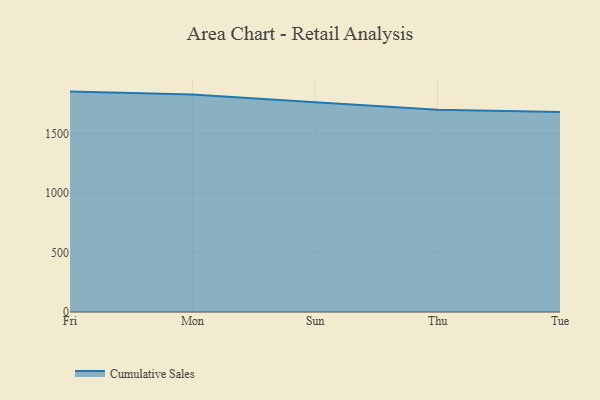
{"axis": {"x": "Day", "y": "Demand Index"}, "legend": ["Cumulative Sales"], "data": [{"x": "Fri", "y": 1855.5, "type": "Cumulative Sales"}, {"x": "Mon", "y": 1830.7, "type": "Cumulative Sales"}, {"x": "Sun", "y": 1765.9, "type": "Cumulative Sales"}, {"x": "Thu", "y": 1702.2, "type": "Cumulative Sales"}, {"x": "Tue", "y": 1684.8, "type": "Cumulative Sales"}]}